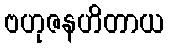
ဗဟုဇနဟိတာယ